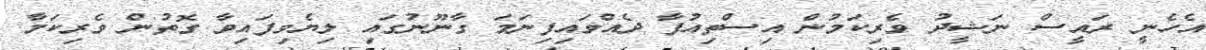
އެހެނީ ރައީސް ނަޝީދު ވެރިކަމުން އިސްތިއުފާ ދެއްވައިފިނަމަ ގާނޫނުގައި ލިޔެވިފައިވާ ގޮތުން ވެރިކަމާ